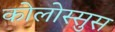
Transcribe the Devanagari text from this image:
कोलोस्सुस